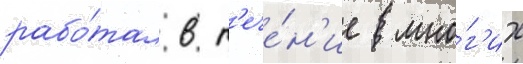
рабо́тал в т'ече́н'ие мно́г'их